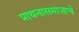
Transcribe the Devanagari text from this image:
प्राथनासमाजाचे